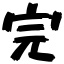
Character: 完